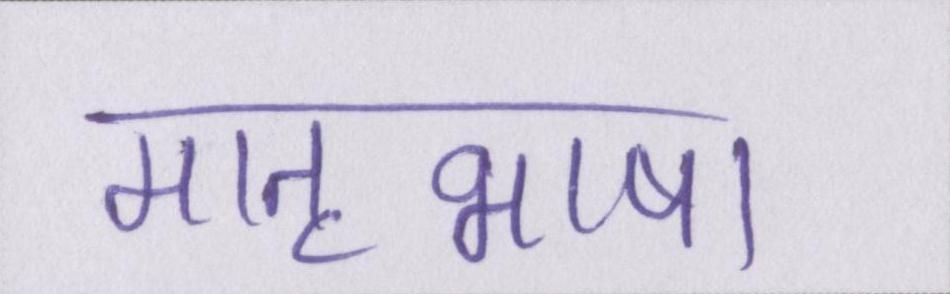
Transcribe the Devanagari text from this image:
मातृभाषा